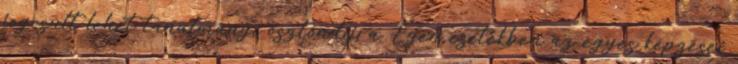
jogosult lehet tanulmányi ösztöndíjra. Ezen esetekben az egyes képzései